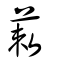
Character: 蓛